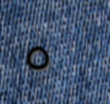
٥